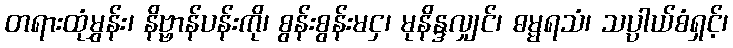
တရားထုံမွှန်း၊ နိဗ္ဗာန်ပန်းကို၊ စွန်းစွန်းမငှ၊ မုနိန္ဒလျှင်၊ ဓမ္မရသံ၊ သပ္ပါယ်စံရှင့်၊